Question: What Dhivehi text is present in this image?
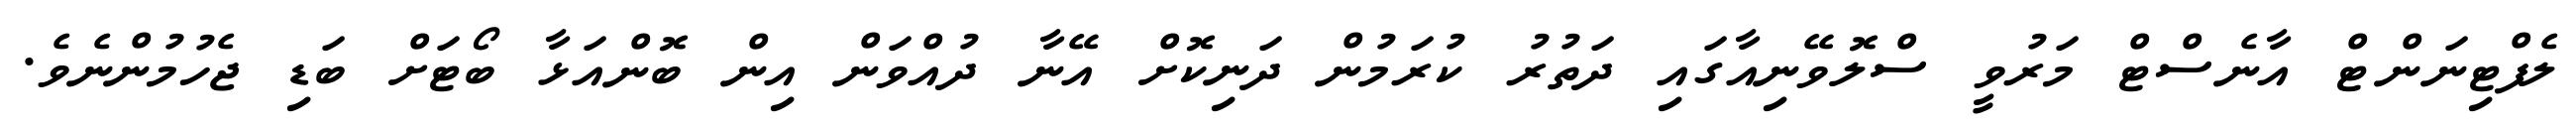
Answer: ލެފްޓިނަންޓް އާނެސްޓް މަރުވީ ސްލޮވޭނިއާގައި ދަތުރު ކުރަމުން ދަނިކޮށް އޭނާ ދުއްވަން އިން ބޮންއަޅާ ބޯޓަށް ބަޑި ޖެހުމުންނެވެ.